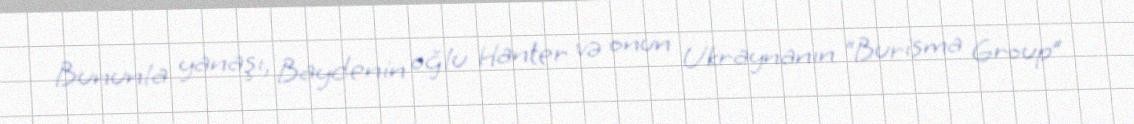
Bununla yanaşı, Baydenin oğlu Hanter və onun Ukraynanın “Burisma Group”